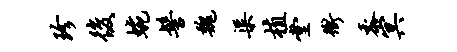
珍后蜿髻魏渠植堂冲黍冥